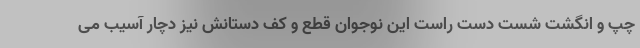
چپ و انگشت شست دست راست این نوجوان قطع و کف دستانش نیز دچار آسیب می